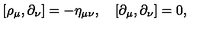
[ \rho _ { \mu } , \partial _ { \nu } ] = - \eta _ { \mu \nu } , \quad [ \partial _ { \mu } , \partial _ { \nu } ] = 0 ,